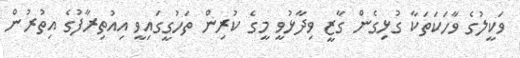
ވަކީލުގެ ވާހަކަތަކާ ގުޅިގެން ގާޒީ ވިދާޅުވީ މީގެ ކުރިން ތަހުގީގައިވީ އިއުތިރާފުގެ އިތުރުން